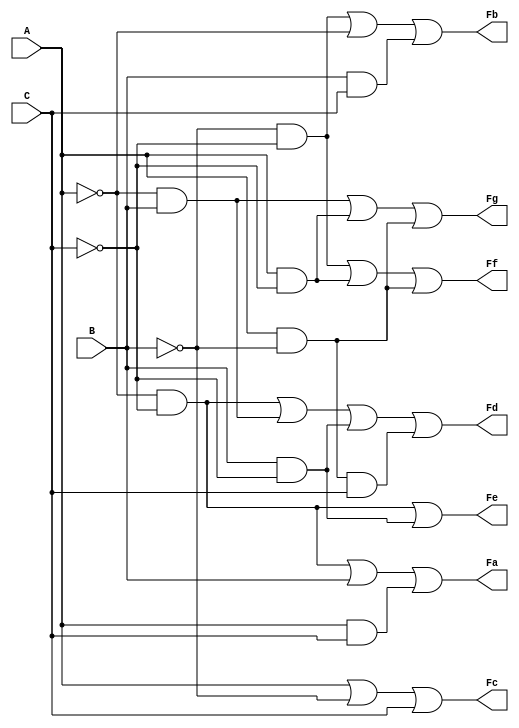
module disp7s(
    output wire Fa,Fb,Fc,Fd,Fe,Ff,Fg,
    input wire A,B,C
    );
  assign    Fa=(~A & ~C)|(B)|(A & C);
    assign  Fb=(~B & ~C)|(~A)|(B & C);
    assign  Fc=(A)|(~B)|(C);
    assign  Fd=(~A & ~C) | (~A & B) | (B & ~C)|(A & ~B & C);
    assign  Fe=(~A & ~C) | (B & ~C);
    assign  Ff=(~B & ~C) | (A & ~C) | (A & ~B);
    assign  Fg=(~A & B)  |  (A & ~C)  | (A & ~B);
endmodule